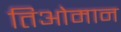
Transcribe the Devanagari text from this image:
तिओमान